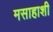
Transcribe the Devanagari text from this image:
मसाहाशी